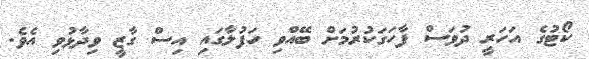
ކޯޓުގެ އަހަރީ ދުވަސް ފާހަގަކުރުމަށް ބޭއްވި ހަފުލާގައި އިސް ގާޒީ ވިދާޅުވި އެވެ.